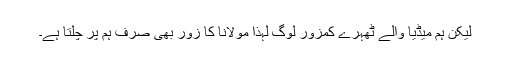
لیکن ہم میڈیا والے ٹھہرے کمزور لوگ لہٰذا مولانا کا زور بھی صرف ہم پر چلتا ہے۔